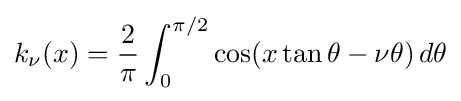
\displaystyle k_{\nu }(x)={\frac {2}{\pi }}\int _{0}^{\pi /2}\cos(x\tan \theta -\nu \theta )\,d\theta